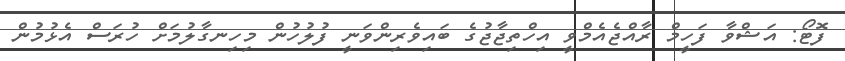
ފޮޓޯ: އަޝްވާ ފަހީމް ރާއްޖެއެމްވީ އިހްތިޖާޖުގެ ބައިވެރިންވަނީ ފުލުހުން މިހިނގާލުމަަށް ހުރަސް އެޅުމުން